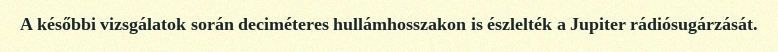
A későbbi vizsgálatok során deciméteres hullámhosszakon is észlelték a Jupiter rádiósugárzását.